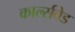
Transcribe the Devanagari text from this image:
कार्ल्सबेड